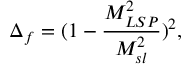
\Delta _ { f } = ( 1 - \frac { M _ { L S P } ^ { 2 } } { M _ { s l } ^ { 2 } } ) ^ { 2 } ,